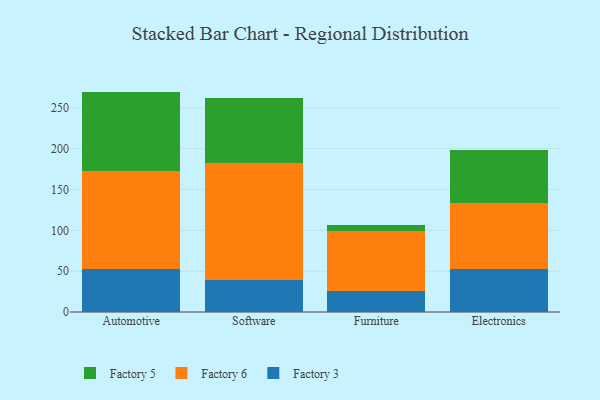
{"axis": {"x": "Category", "y": "Active Users"}, "legend": ["Factory 3", "Factory 5", "Factory 6"], "data": [{"x": "Automotive", "y": 52.6, "type": "Factory 3"}, {"x": "Automotive", "y": 120.7, "type": "Factory 6"}, {"x": "Automotive", "y": 96.7, "type": "Factory 5"}, {"x": "Software", "y": 39.7, "type": "Factory 3"}, {"x": "Software", "y": 143.3, "type": "Factory 6"}, {"x": "Software", "y": 79.2, "type": "Factory 5"}, {"x": "Furniture", "y": 26.1, "type": "Factory 3"}, {"x": "Furniture", "y": 72.9, "type": "Factory 6"}, {"x": "Furniture", "y": 7.6, "type": "Factory 5"}, {"x": "Electronics", "y": 53.2, "type": "Factory 3"}, {"x": "Electronics", "y": 80.9, "type": "Factory 6"}, {"x": "Electronics", "y": 64.1, "type": "Factory 5"}]}